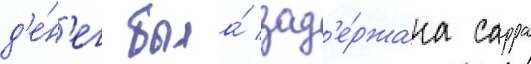
д'е́н'ег была́ зад'е́ржана сарра